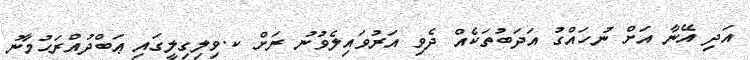
އަދި އޭނާ އަށް ނުހައްގު އަދަބުތަކެއް ދެވި އަރުވައިލެވުނު ރަށް ކ.ވިލިގިލީގައި ޢަބްދުއްރަޙުމާނު